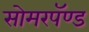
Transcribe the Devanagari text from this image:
सोमरपॅण्ड